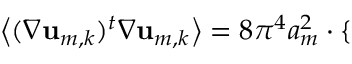
\bigl \langle ( \nabla \mathbf { u } _ { m , k } ) ^ { t } \nabla \mathbf { u } _ { m , k } \bigr \rangle = 8 \pi ^ { 4 } a _ { m } ^ { 2 } \cdot \mathopen { } \mathclose \bgroup \left\{ \begin{array} { r l r l } \end{array} \aftergroup \egroup \right.